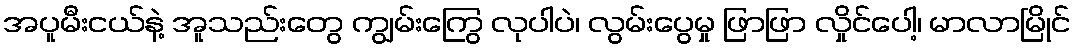
အပူမီးငယ်နဲ့ အူသည်းတွေ ကျွမ်းကြွေ လုပါပဲ၊ လွမ်းပွေမှု ဖြာဖြာ လှိုင်ပေါ့၊ မာလာမြိုင်